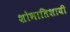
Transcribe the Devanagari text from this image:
शोभातिशायी